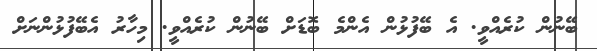
ބޭނުން ކުރެއްވީ. އެ ބޭފުޅުން އެންމެ ބޮޑަށް ބޭނުން ކުރެއްވީ. މިހާރު އެބޭފުޅުންނަށް